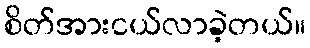
စိတ်အားငယ်လာခဲ့တယ်။